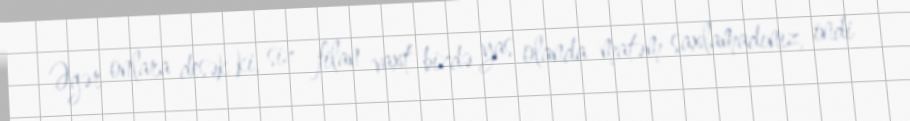
Əgər onlara desək ki, siz filan vaxt bizdə yas olanda matəm saxlamadınız, indi